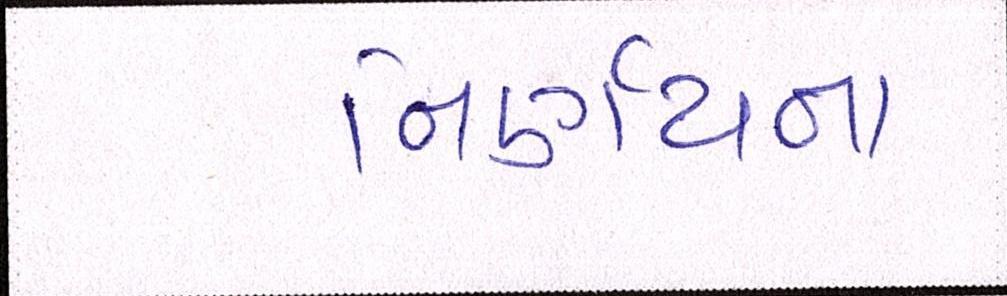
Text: નિર્ણયના